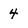
Character: 4